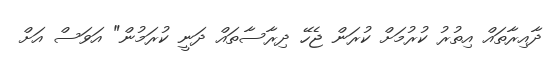
ދާއިރާތައް އިތުރު ކުރުމަށް ކުރަން ޖެހޭ ދިރާސާތައް ދަނީ ކުރަމުން" އަވަސް އަށް